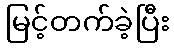
မြင့်တက်ခဲ့ပြီး